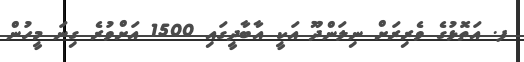
ފ. އަތޮޅުގެ ވެރިރަށް ނިލަންދޫ އަކީ އާބާދީގައި 1500 އަށްވުރެ ގިނަ މީހުން